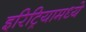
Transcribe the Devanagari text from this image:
इरिट्रियामध्ये